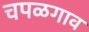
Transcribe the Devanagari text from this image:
चपळगाव